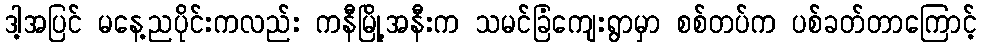
ဒါ့အပြင် မနေ့ညပိုင်းကလည်း ကနီမြို့အနီးက သမင်ခြံကျေးရွာမှာ စစ်တပ်က ပစ်ခတ်တာကြောင့်